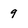
Character: 9